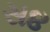
સ૪